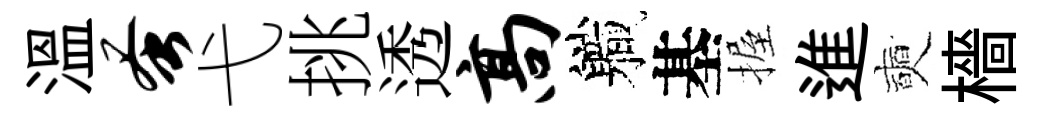
溫蚤弋挑透高軄基握進奭檣